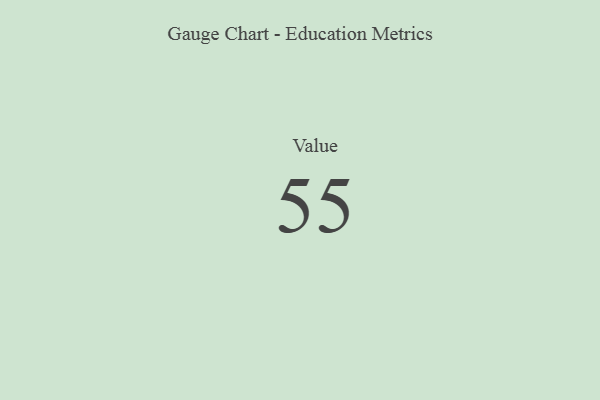
{"axis": {"x": "Metric", "y": "Value"}, "legend": [""], "data": [{"x": "Value", "y": 55, "type": ""}]}